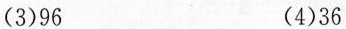
(3)96 (4)36